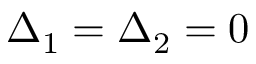
\Delta _ { 1 } = \Delta _ { 2 } = 0